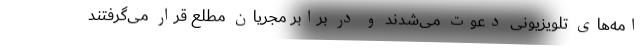
امه‌های تلویزیونی دعوت می‌شدند و در برابر مجریان مطلع قرار می‌گرفتند